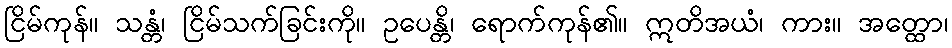
ငြိမ်ကုန်။ သန္တံ၊ ငြိမ်သက်ခြင်းကို။ ဥပေန္တိ၊ ရောက်ကုန်၏။ ဣတိအယံ၊ ကား။ အတ္ထော၊